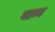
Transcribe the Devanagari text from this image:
नाम्न